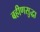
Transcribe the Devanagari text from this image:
बहीणसुद्धा